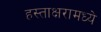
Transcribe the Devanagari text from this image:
हस्ताक्षरामध्ये